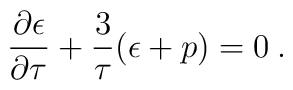
\frac{ \partial \epsilon }{ \partial \tau } +       \frac{3}{\tau}(\epsilon + p)  = 0  \>.